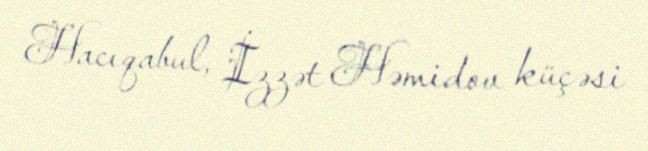
Hacıqabul, İzzət Həmidov küçəsi